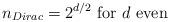
LaTeX: \begin{align*}n_{Dirac}=2^{d/2} \mbox{ for $d$ even}\end{align*}